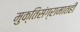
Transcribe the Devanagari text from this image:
मुक्तिसंग्रामातही